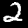
Label: 2